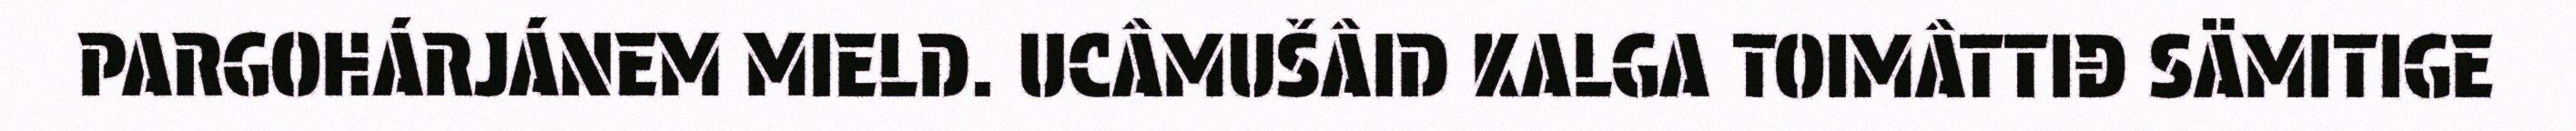
PARGOHÁRJÁNEM MIELD. UCÂMUŠÂID KALGA TOIMÂTTIĐ SÄMITIGE